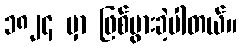
၁၈၂၄ မှာ ဖြစ်ပွားခဲ့ပါတယ်။